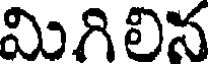
మిగి లిన